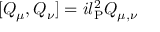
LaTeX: [ Q _ { \mu } , Q _ { \nu } ] = i l _ { \mathrm { P } } ^ { 2 } { \cal Q } _ { \mu , \nu }